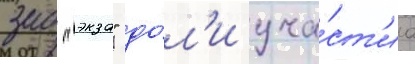
зао "экза" до́л'и уча́ст'иа